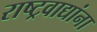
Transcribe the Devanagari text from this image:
राष्ट्रवाद्यांना